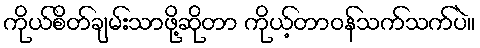
ကိုယ်စိတ်ချမ်းသာဖို့ဆိုတာ ကိုယ့်တာဝန်သက်သက်ပဲ။